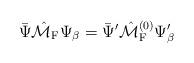
LaTeX: \begin{align*}\bar{\Psi}\hat{\cal M}_{\rm F}\Psi_{\beta}=\bar{\Psi}'\hat{\cal M}^{(0)}_{\rm F}\Psi'_{\beta}\end{align*}